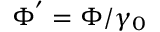
\Phi ^ { ' } = \Phi / \gamma _ { 0 }